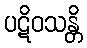
ပဋိဝသန္တိ